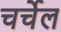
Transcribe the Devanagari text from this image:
चर्चेल